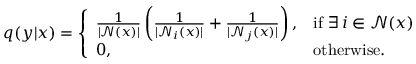
\begin{array} { r } { q ( y | x ) = \left\{ \begin{array} { l l } { \frac { 1 } { | \mathcal { N } ( x ) | } \left( \frac { 1 } { | \mathcal { N } _ { i } ( x ) | } + \frac { 1 } { | \mathcal { N } _ { j } ( x ) | } \right) , } & { \mathrm { i f } ~ \exists \, i \in \mathcal { N } ( x ) } \\ { 0 , } & { \mathrm { o t h e r w i s e } . } \end{array} \right. } \end{array}